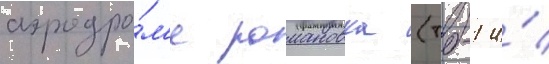
аэродро́м'е романовка (тб-1 и́